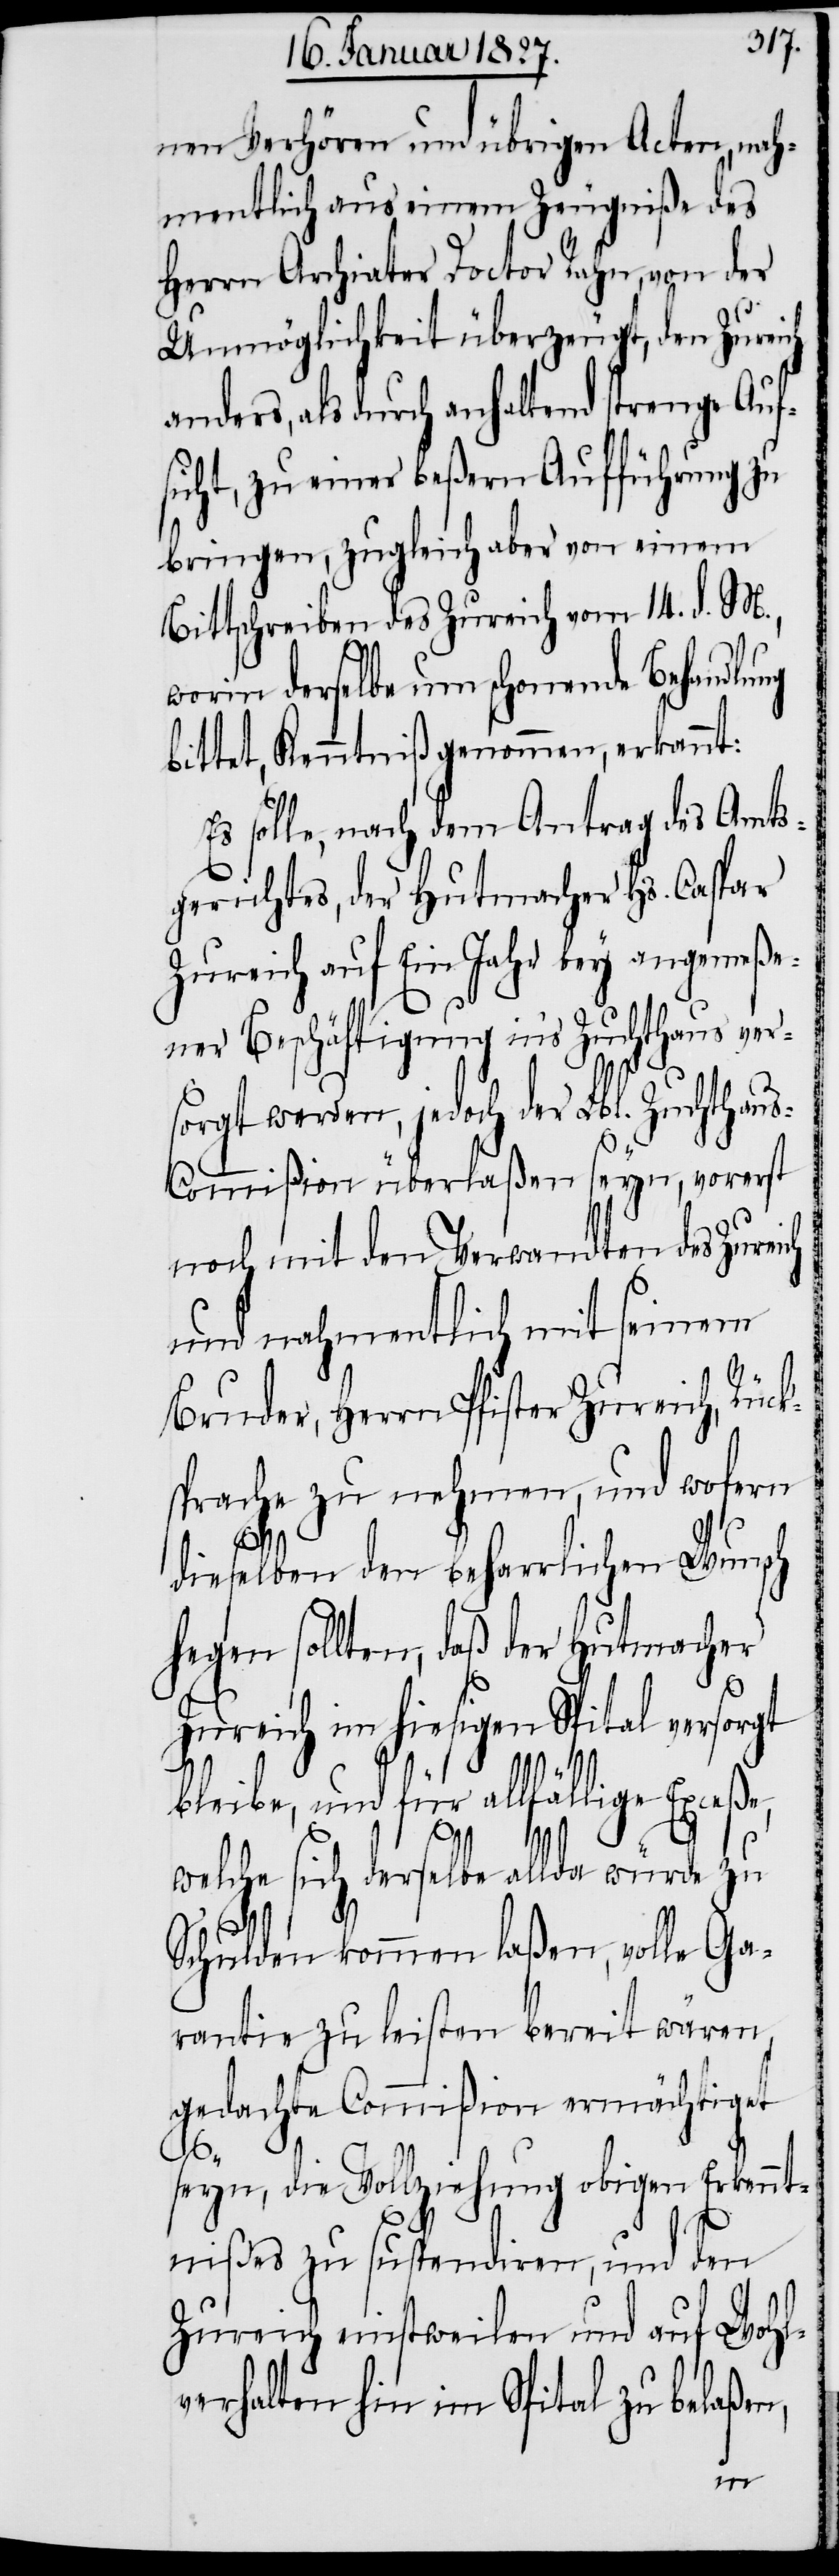
nen Verhören und übrigen Acten, nah¬
mentlich aus einem Zeugniße des
Herrn Archiater Doctor Rahn, von der
Unmöglichkeit überzeugt, den Zureich
anders, als durch anhaltend strenge Auf¬
sicht, zu einer beßern Aufführung zu
bringen, zugleich aber von einem
Bittschreiben des Zureich vom 14. d. M.,
worin derselbe um schonende Behandlung
bittet, Kenntniß genommen, erkannt:
Es solle, nach dem Antrag des Amts¬
gerichtes, der Hutmacher Hs. Caspar
Zureich auf Ein Jahr bey angemeße¬
ner Beschäftigung in’s Zuchthaus vers¬
orgt werden, jedoch der Lbl. Zuchthau¬
s-Commißion überlaßen seyn, vorerst
noch mit den Verwandten des Zureich
und nahmentlich mit seinem
Bruder, Herrn Pfister Zureich, Rück¬
sprache zu nehmen, und wofern
dieselben den beharrlichen Wunsch
hegen sollten, daß der Hutmacher
Zureich im hiesigen Spital versorgt
bleibe, und für allfällige Exceße,
welche sich derselbe allda würde zu
Schulden kommen laßen, volle Ga¬
rantie zu leisten bereit wären,
gedachte Commißion ermächtiget
seyn, die Vollziehung obigen Erkennt¬
nißes zu suspendiren, und den
Zureich einstweilen und auf Wohl¬
verhalten hin im Spital zu belaßen,